Serum-therapy of plague in India - Number 20
Disease focus: Plague
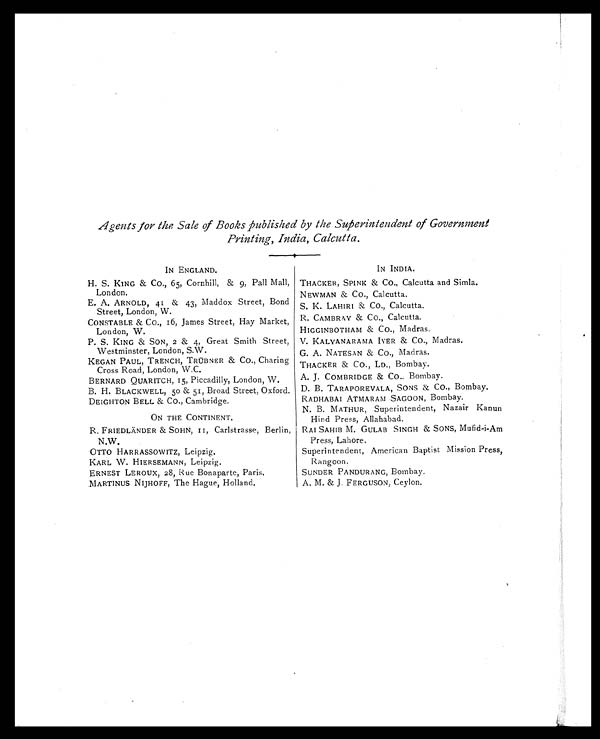
Agents for the Sale of Books published by the Superintendent of Government
Printing, India, Calcutta.
IN ENGLAND.
IN INDIA.
H. S. KING & Co., 65, Cornhill, & 9, Pall Mall,
London.
THACKER, SPINK & CO., Calcutta and Simla.
NEWMAN & CO., Calcutta.
E. A. ARNOLD, 41 & 43, Maddox Street, Bond
Street, London, W.
S.K. LAHIRI & CO., Calcutta.
CONSTABLE & CO., 16, James Street, Hay Market,
London, W.
R. CAMBRAY & CO., Calcutta.
HIGGINBOTHAM & Co., Madras.
P. S. KING & SON, 2 & 4, Great Smith Street,
Westminster, London, S.W.
V. KALYANARAMA IYER & CO., Madras.
G. A. NATESAN & CO., Madras.
KEGAN PAUL, TRENCH, TRÜBNER & CO., Charing
Cross Road, London, W.C.
THACKER & CO., LD., Bombay.
BERNARD QUARITCH, 15, Piccadilly, London, W.
A. J. COMBRIDGE & Co., Bombay.
B. H. BLACKWELL, 50 & 51, Broad Street, Oxford. D. B. TARAPOREVALA, SONS & CO., Bombay.
DEIGHTON BELL & CO., Cambridge.
RADHABAI ATMARAM SAGOON, Bombay.
ON THE CONTINENT.
N. B. MATHUR, Superintendent, Nazair Kanun
Hind Press, Allahabad.
R. FRIEDLANDER & SOHN, 11, Carlstrasse, Berlin,
N.W.
RAI SAHIB M. GULAB SINGH & SONS, Mufid-i-Am
Press, Lahore.
OTTO HARRASSOWITZ, Leipzig.
Superintendent, American Baptist Mission Press,
Rangoon.
KARL W. HIERSEMANN, Leipzig.
ERNEST LEROUX, 28, Rue Bonaparte, Paris.
SUNDER PANDURANG, Bombay.
MARTINUS NIJHOFF, The Hague, Holland.
A. M. & J. FERGUSON, Ceylon.